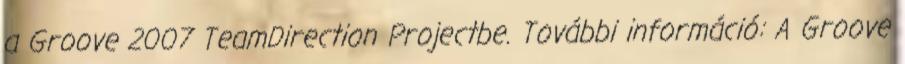
a Groove 2007 TeamDirection Projectbe. További információ: A Groove